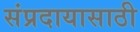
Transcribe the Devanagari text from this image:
संप्रदायासाठी